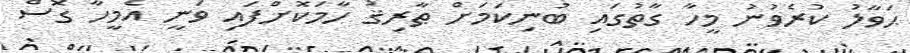
ޙަވާލު ކުރެވުނު މީހާ ގާތުގައި ބުނިކަމަށް ޠާރިޤު ހާމަކޮށްފައި ވަނީ އެމީހާ ގޮސް